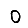
Digit: 0